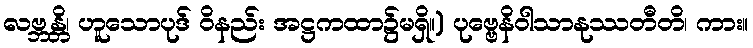
လဗ္ဘန္တိ၊ ဟူသောပုဒ် ဝိနည်း အဋ္ဌကထာ၌မရှိ။) ပုဗ္ဗေနိဝါသာနုဿတီတိ၊ ကား။